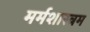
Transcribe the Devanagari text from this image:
मर्मशास्त्रम